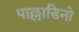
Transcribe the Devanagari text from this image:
पाल्लाडिनो